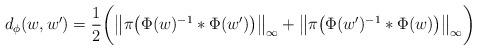
LaTeX: \begin{align*}d_\phi(w,w')=\frac{1}{2}\bigg(\big\| \pi\big(\Phi(w)^{-1}*\Phi(w')\big)\big\|_\infty+\big\|\pi\big(\Phi(w')^{-1}*\Phi(w)\big)\big\|_\infty\bigg)\end{align*}